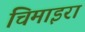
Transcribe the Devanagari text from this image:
चिमाइरा